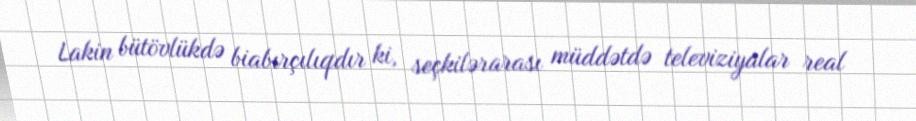
Lakin bütövlükdə biabırçılıqdır ki, seçkilərarası müddətdə televiziyalar real